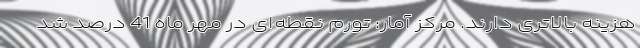
هزینه بالاتری دارند. مرکز آمار: تورم نقطه‌ای در مهر ماه 41 درصد شد